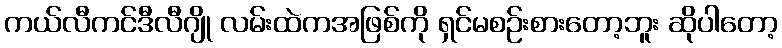
ကယ်လီကင်ဒီလီဂျို လမ်းထဲကအဖြစ်ကို ရှင်မစဉ်းစားတော့ဘူး ဆိုပါတော့